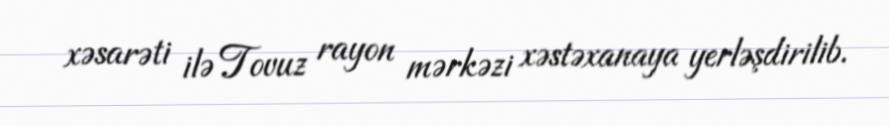
xəsarəti ilə Tovuz rayon mərkəzi xəstəxanaya yerləşdirilib.